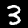
Digit: 3